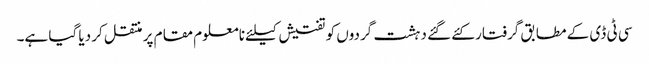
سی ٹی ڈی کے مطابق گرفتار کئے گئے دہشت گردوں کو تفتیش کیلئے نامعلوم مقام پر منتقل کر دیا گیا ہے۔